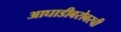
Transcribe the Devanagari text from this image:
आघाडीबरोबरची